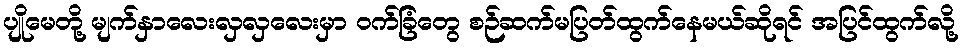
ပျိုမေတို့ မျက်နှာလေးလှလှလေးမှာ ဝက်ခြံတွေ စဉ်ဆက်မပြတ်ထွက်နေမယ်ဆိုရင် အပြင်ထွက်လို့